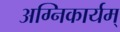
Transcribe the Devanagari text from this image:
अग्निकार्यम्